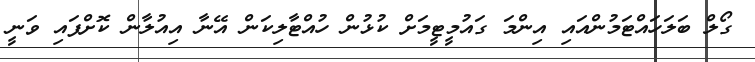
ގޯލް ބަލަހައްޓަމުންއައި އިންމަ ގައުމީޓީމަށް ކުޅުން ހުއްޓާލިކަން އޭނާ އިއުލާން ކޮށްފައި ވަނީ